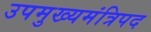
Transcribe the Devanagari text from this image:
उपमुख्यमंत्रिपद